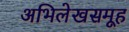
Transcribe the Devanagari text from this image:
अभिलेखसमूह